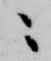
ニ